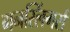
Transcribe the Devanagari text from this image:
गनस्लिंगर्स